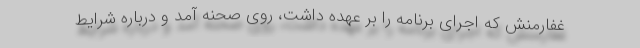
غفارمنش که اجرای برنامه را بر عهده داشت، روی صحنه آمد و درباره شرایط